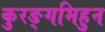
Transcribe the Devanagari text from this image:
कुरङ्गमिहुन